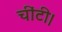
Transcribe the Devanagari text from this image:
चींटी।